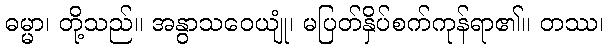
ဓမ္မာ၊ တို့သည်။ အနွာသဝေယျုံ၊ မပြတ်နှိပ်စက်ကုန်ရာ၏။ တဿ၊